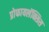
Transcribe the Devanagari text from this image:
प्रोफायलॅक्सिस